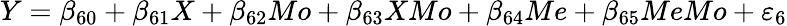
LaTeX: Y=\beta_{60}+\beta_{61}X+\beta_{62}Mo+\beta_{63}XMo+\beta_{64}Me+\beta_{65}MeMo+\varepsilon_{6}